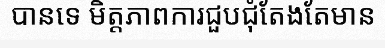
បានទេ មិត្តភាពការជួបជុំតែងតែមាន